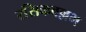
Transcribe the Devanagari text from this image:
रसिकवल्लभ